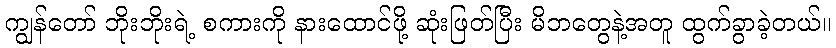
ကျွန်တော် ဘိုးဘိုးရဲ့ စကားကို နားထောင်ဖို့ ဆုံးဖြတ်ပြီး မိဘတွေနဲ့အတူ ထွက်ခွာခဲ့တယ်။